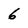
Character: 6